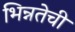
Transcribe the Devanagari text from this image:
भिन्नतेची